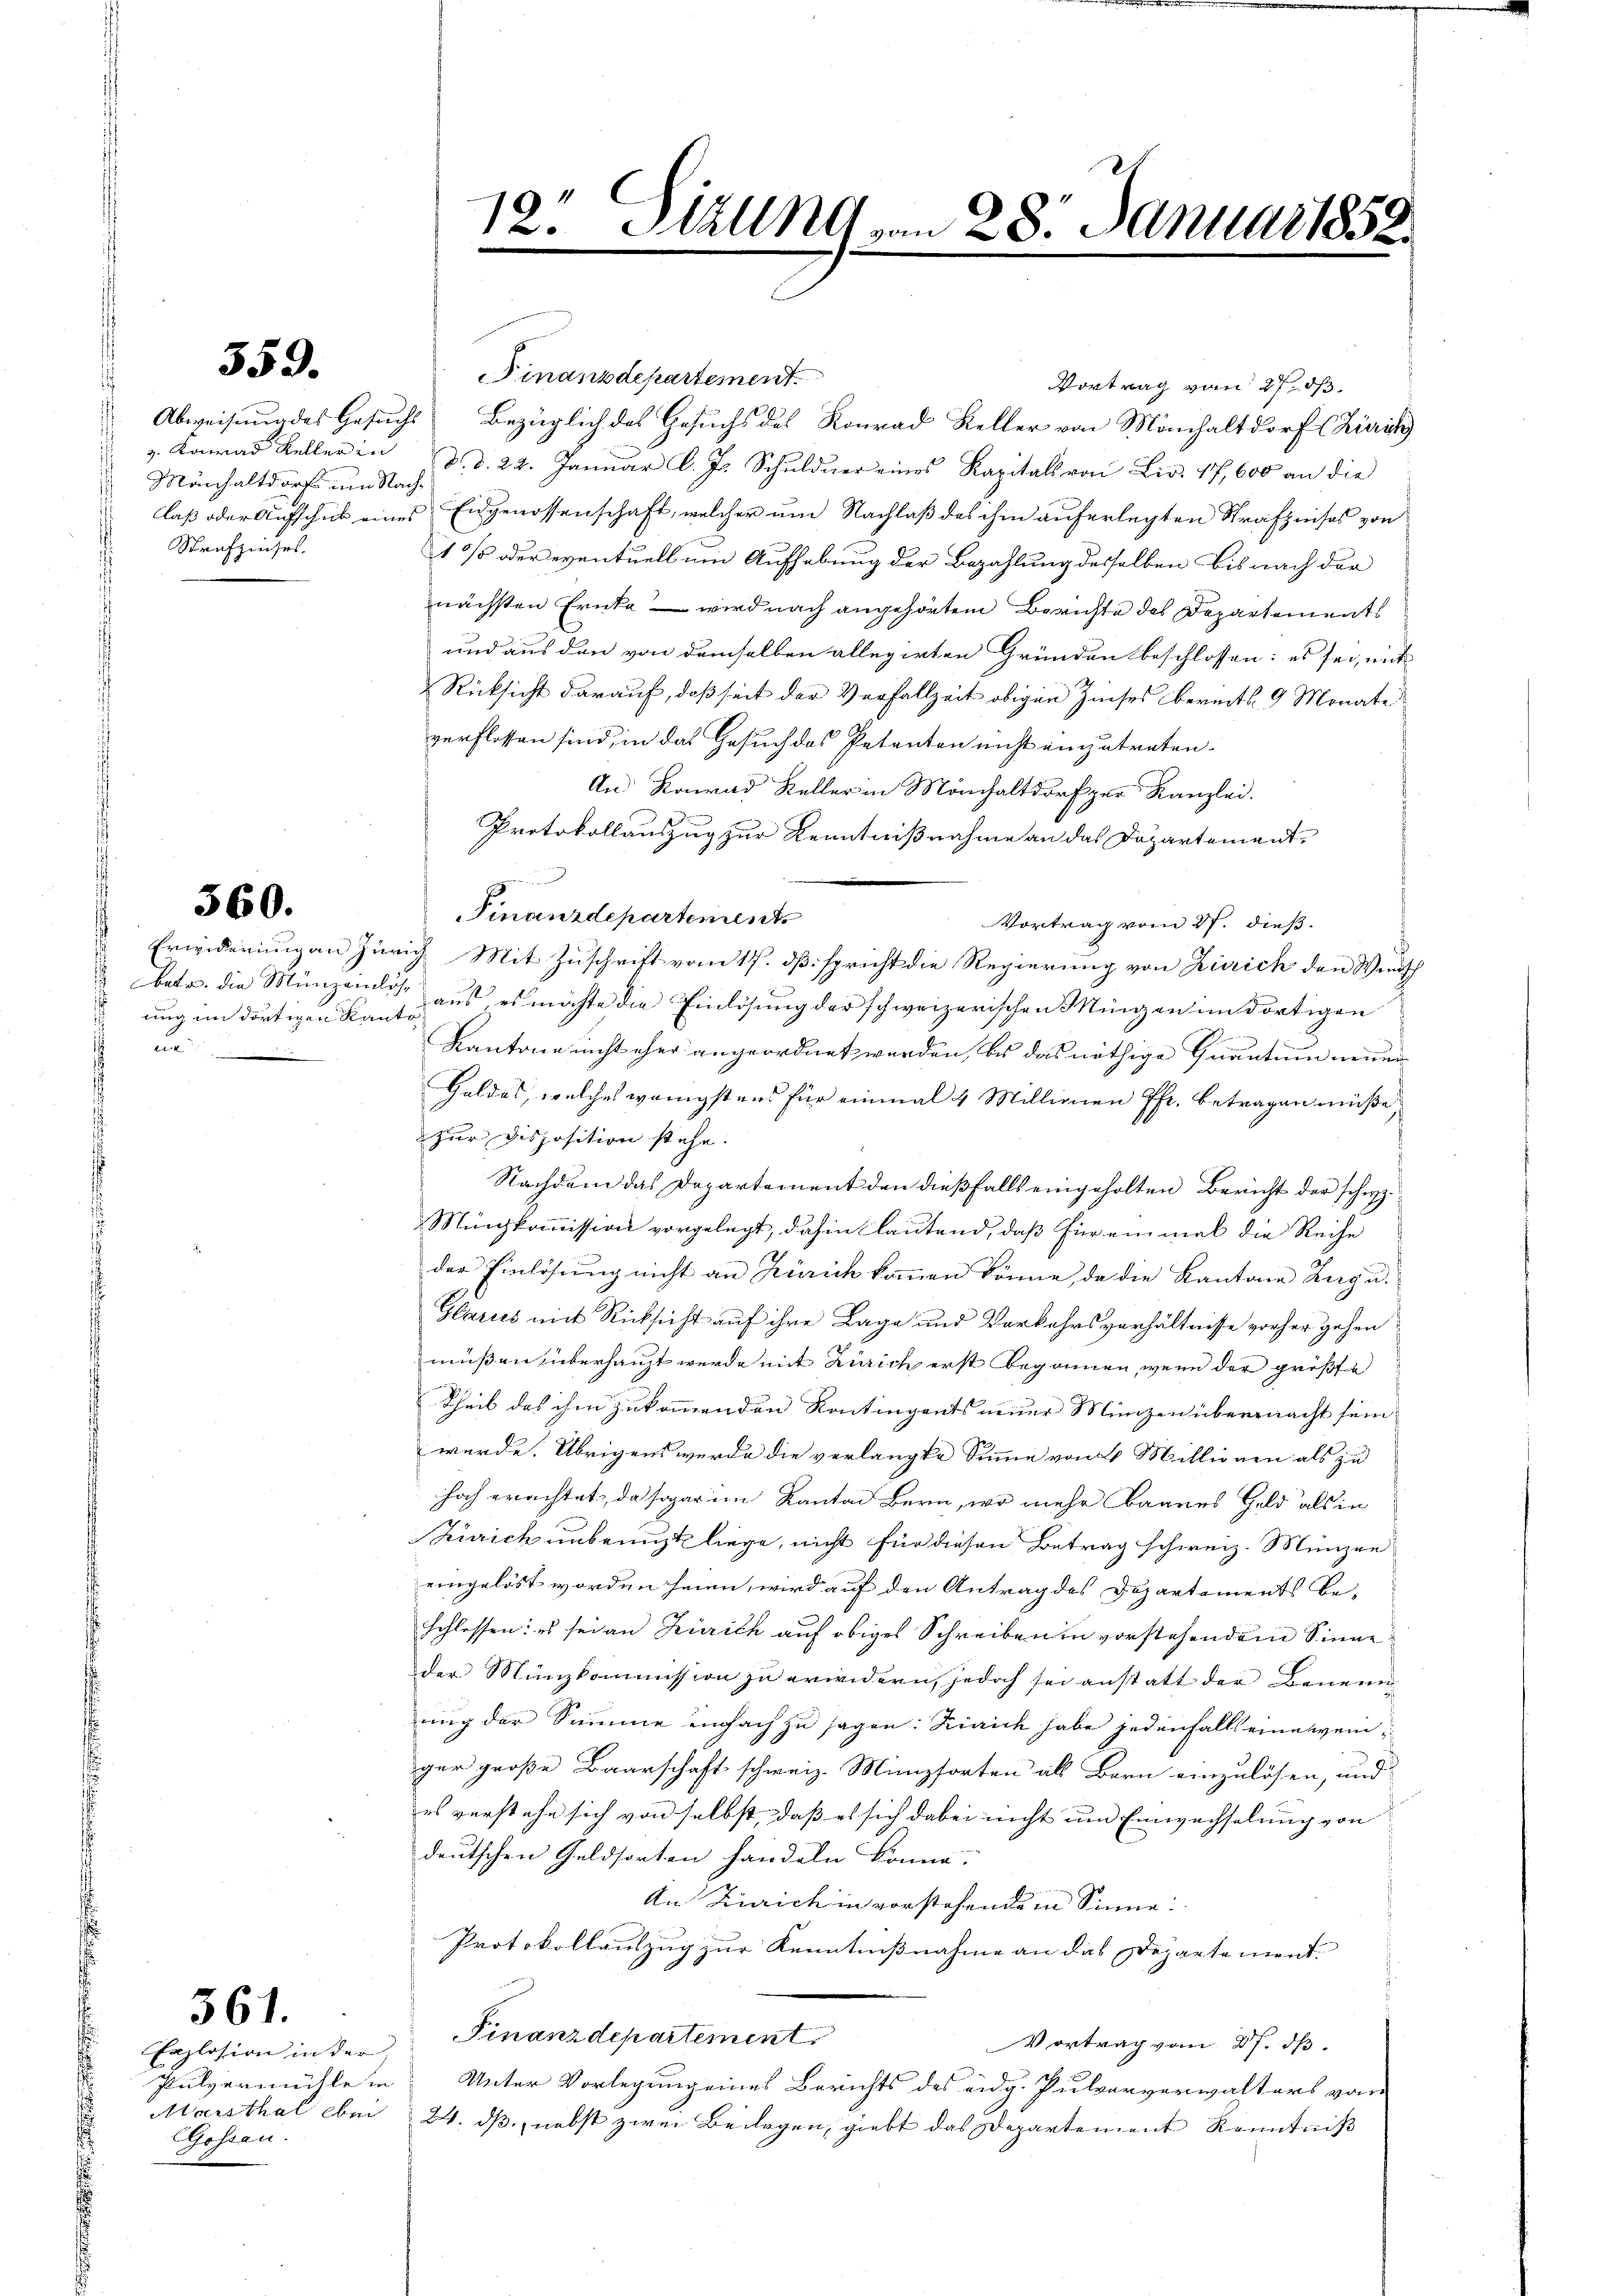
359.

Mönchaltdorf um Nach¬
Strafzinses.

560.

ung im dortigen Kantot

561.

Enzlosion in der
Gossau.

Finanzdepartement
Vortrag vom 27. ds.
Abweisung des Gesuchs bezüglich des Gesuchs des Konrad Keller von Mönchaltdorf (Zürich
v. Konrad Keller in d. d. 24. Janŭar l. Js. Schuldner eines Kapitals von Liv. 17,600 an die
laß oder Aufschick eines Eidgenossenschaft, welcher um Nachlaß das ihm auferlegten Strafzeises von
1/5 oder eventuell um Aufhebung der Bezahlung desselben bis nach der
nächsten Ernte – wird nach angehörtem Berichte des Departements
und aus den von demselben allegirten Gründen beschlossen: es sei, mit
Rücksicht darauf, daß seit der Verfallzeit obigen Zinses bereits 9 Monate
verflossen sind, in das Gesuch des Petenten nicht einzutreten.
An Konrad Keller in Mönchaltdorf per Kanzlei.
Protokollauszug zur Kenntnißnahme an das Departement

Finanzdepartements
Vortrag vom 27. dieß.
Erwiderung an Zürich Mit Zuschrift vom 17. dß spricht die Regierung von Zürich den Wendsch
Batr. die Münzenlos aus es möchte die Einlösung der schweizerischen Mingen im dortigen
Kantone nicht eher angeordnet werden, bis das nöthige Quantum neuen
Goldes, welches wenigstens für einmal 4 Millionen Pfr. betragen müße,
zur Disposition stehe.
Nachdem das Departement den dießfalls eingeholten Bericht der schiz¬
Münzkommission vorgelegt, dahin lautend, daß für einmal die Reihe
der Einlösung nicht an Zürich kommen könne, da die Kantone Zuga
Gbaries mit Rücksicht auf ihre Lage und Vorkehrsverhältnisse vorher gehen
müßen, überhaupt werde mit Zürich erst begonnen, wenn der größte
Theil das ihm zukommenden Kontingents neuer Münzen übernacht sein
wurde. Übrigens werde die verlangte Summe von 1 Millionen als zu
hoch erachtet, da sogar im Kanton Bern, wo mehr baares Geld als in
Zürich unbenuzt liege, nicht für diesen Betrag schweiz. Münzen
eingelöst worden seien, wird auf den Antrag des Departements be-
schlossen: es sei an Zürich auf obiges Schreiben in vorstehendem Sinne
der Münzkommission zu erwidern, jedoch sei anstatt der Benenn
ung der Summe einfach zu sagen: Kirich habe jedenfalls eine weinger große Baarschaft schweiz. Münzsorten als Bern einzulösen, und
es verstehe sich von selbst, daß es sich dabei nicht um Einwachselung von
deutschen Geldsorten handeln könne.
An Zürich in vorstehende in Sinne
Protokollauszug zur Kenntnißnahme an das Departement.
Finanzdepartement
Vortrag vom 27. ds.
Pulvermühle in Unter Vorlegung eines Berichts des eidg. Pulververwalters von
Marsthal bei : 24. ds, nebst zwei Beilagen, giebt das Departement Kenntniß

12. Stall vom 28. Januar 1858.